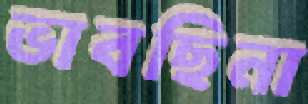
ভাবছিনা